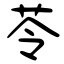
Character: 苓